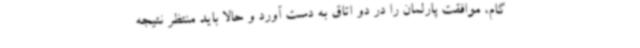
گام، موافقت پارلمان را در دو اتاق به دست آورد و حالا باید منتظر نتیجه